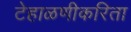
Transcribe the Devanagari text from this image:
टेहाळणीकरिता